画像に写った文字を読んでください
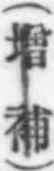
「(增補)」と書いてあります